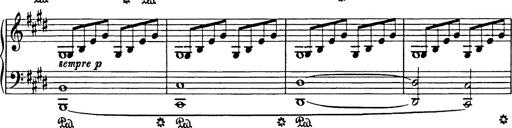
Title: In festo transfigurationis Domini nostri Jesu Christi
Composer: Franz Liszt